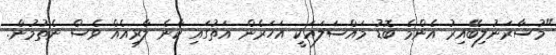
"މުސާރަނުލިބޭއިރު އެންމެ ބޮޑު މައްސަލައަކީ އަހަރެން އަތުގައި ކާނެ ލާރިއެއް ވެސް ނެތުމުން.